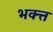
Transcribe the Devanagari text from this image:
भक्त्त